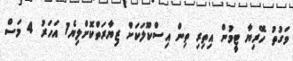
ވަގުތު ހޭރިޔާ ޓީމުން އިތިރި ތިން އިސްކޫލަކަށް ޒިޔާރަތްކޮށްލިޔެ1 އަހަރު 4 މަސް